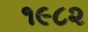
૧૯૮૨